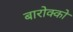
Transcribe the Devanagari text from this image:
बारोक्को